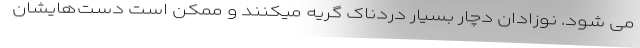
می شود. نوزادان دچار بسیار دردناک گریه میکنند و ممکن است دست‌هایشان